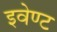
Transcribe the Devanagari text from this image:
इवेण्ट